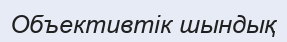
Объективтік шындық